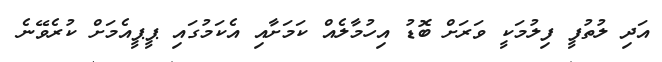
އަދި ލުތުފީ ފިލުމަކީ ވަރަށް ބޮޑު އިހުމާލެއް ކަމަށާއި އެކަމުގައި ޕީޕީއެމަށް ކުރެވޭނެ